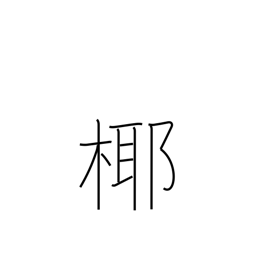
Meaning: coconut tree